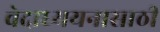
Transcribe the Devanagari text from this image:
वेदाध्ययनासाठी